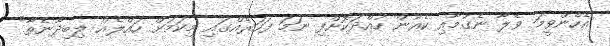
އެހެންވީމަ ވެލާ ނެގުމާއި ކެއުން ހުއްދަކޮށްފި ނަމަ ފަހަރެއްގައި މިކަމަށް ހައްލެއް ލިބިދާނެތާ"